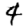
Digit: 4